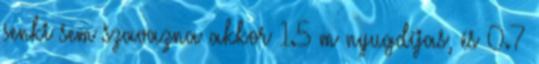
senki sem szavazna akkor 1.5 m nyugdíjas, és 0.7